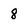
Character: 8